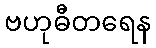
ဗဟုဓီတရေန